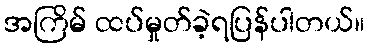
အကြိမ် ထပ်မှုတ်ခဲ့ရပြန်ပါတယ်။